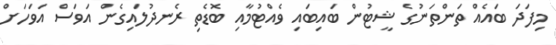
މިފަދަ ބައެއް ތަންތަނުގެ ޝީޓުން ބައިބައި ވެއްޓުމާއި ބޮޑެތި ރެނދުލައިގެން އަވަސް އަވަހަށް